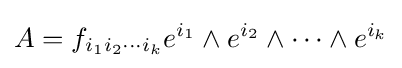
A=f_{i_{1}i_{2}\cdots i_{k}}e^{i_{1}}\wedge e^{i_{2}}\wedge \cdots \wedge e^{i_{k}}